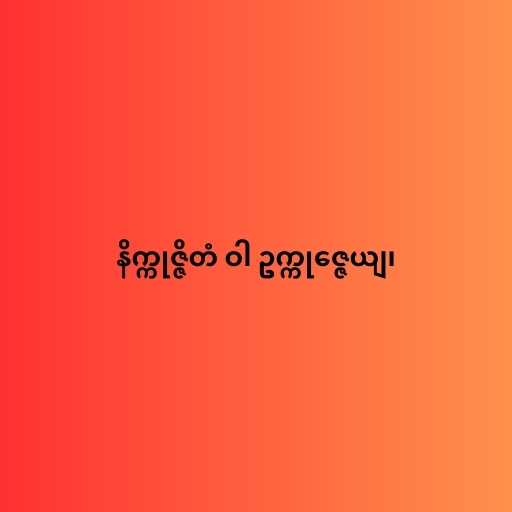
နိက္ကုဇ္ဇိတံ ဝါ ဥက္ကုဇ္ဇေယျ၊